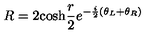
R = 2 \mathrm { c o s h } \frac { r } { 2 } e ^ { - \frac { i } { 2 } ( \theta _ { L } + \theta _ { R } ) }